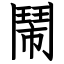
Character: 鬧